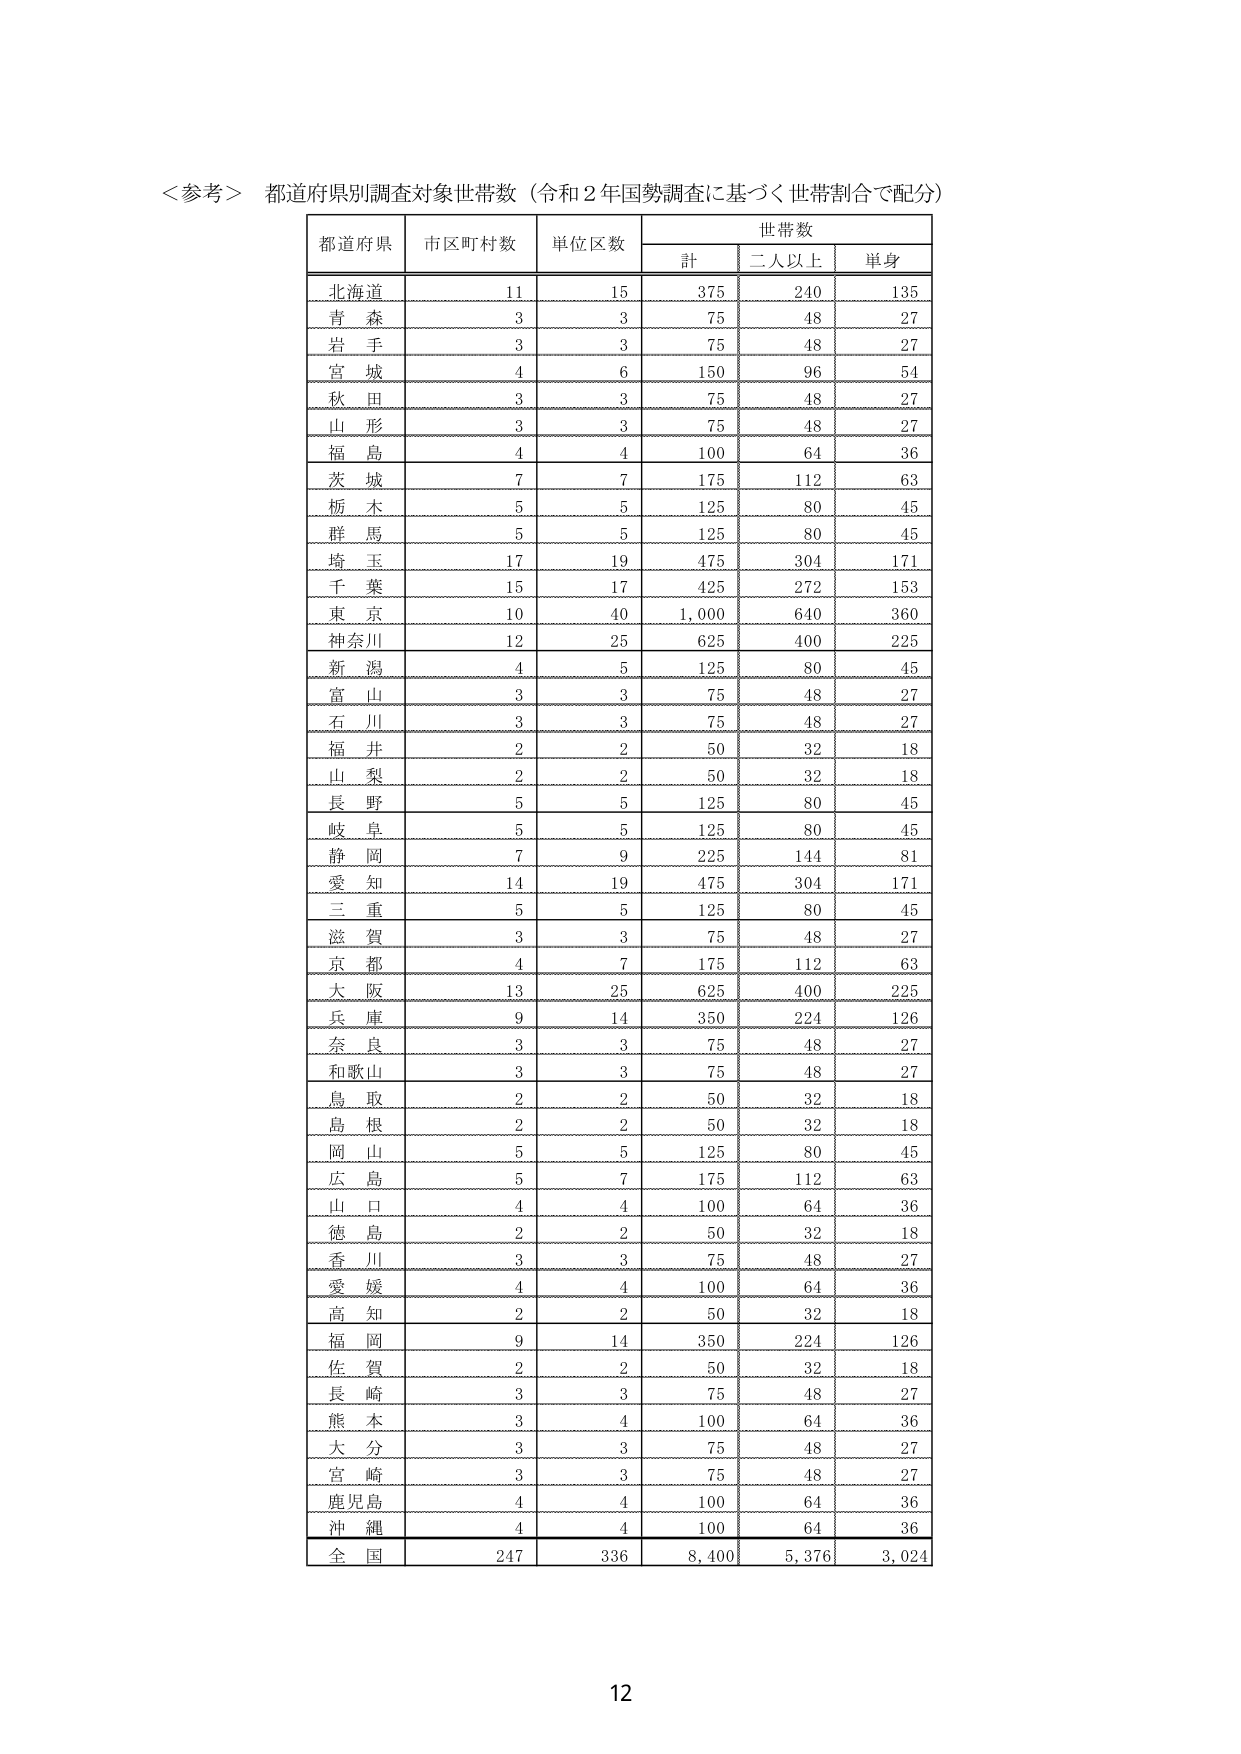
＜参考＞ 都道府県別調査対象世帯数（令和２年国勢調査に基づく世帯割合で配分）

都道府県　市区町村数　単位区数　世帯数
　　　　　　　　　　　　　計　二人以上　単身

北海道　　11　　15　　375　　240　　135
青森　　3　　3　　75　　48　　27
岩手　　3　　3　　75　　48　　27
宮城　　4　　6　　150　　96　　54
秋田　　3　　3　　75　　48　　27
山形　　3　　3　　75　　48　　27
福島　　4　　4　　100　　64　　36
茨城　　7　　7　　175　　112　　63
栃木　　5　　5　　125　　80　　45
群馬　　5　　5　　125　　80　　45
埼玉　　17　　19　　475　　304　　171
千葉　　15　　17　　425　　272　　153
東京　　10　　40　　1,000　　640　　360
神奈川　　12　　25　　625　　400　　225
新潟　　4　　5　　125　　80　　45
富山　　3　　3　　75　　48　　27
石川　　3　　3　　75　　48　　27
福井　　2　　2　　50　　32　　18
山梨　　2　　2　　50　　32　　18
長野　　5　　5　　125　　80　　45
岐阜　　5　　5　　125　　80　　45
静岡　　7　　9　　225　　144　　81
愛知　　14　　19　　475　　304　　171
三重　　5　　5　　125　　80　　45
滋賀　　3　　3　　75　　48　　27
京都　　4　　7　　175　　112　　63
大阪　　13　　25　　625　　400　　225
兵庫　　9　　14　　350　　224　　126
奈良　　3　　3　　75　　48　　27
和歌山　　3　　3　　75　　48　　27
鳥取　　2　　2　　50　　32　　18
島根　　2　　2　　50　　32　　18
岡山　　5　　5　　125　　80　　45
広島　　5　　7　　175　　112　　63
山口　　4　　4　　100　　64　　36
徳島　　2　　2　　50　　32　　18
香川　　3　　3　　75　　48　　27
愛媛　　4　　4　　100　　64　　36
高知　　2　　2　　50　　32　　18
福岡　　9　　14　　350　　224　　126
佐賀　　2　　2　　50　　32　　18
長崎　　3　　3　　75　　48　　27
熊本　　3　　4　　100　　64　　36
大分　　3　　3　　75　　48　　27
宮崎　　3　　3　　75　　48　　27
鹿児島　　4　　4　　100　　64　　36
沖縄　　4　　4　　100　　64　　36

全国　　247　　336　　8,400　　5,376　　3,024

12